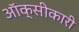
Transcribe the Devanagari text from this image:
ऑक्सीकारी